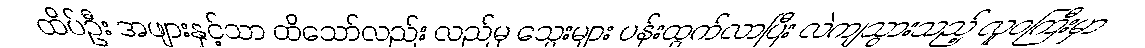
ထိပ်ဦး အဖျားနှင့်သာ ထိသော်လည်း လည်မှ သွေးများ ပန်းထွက်လာပြီး လဲကျသွားသည့် လူဝကြီးမှာ